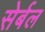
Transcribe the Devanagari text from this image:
सेर्बल